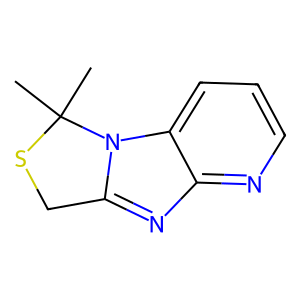
SMILES: CC1(C)SCc2nc3ncccc3n21
Inhibits HIV replication: No